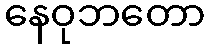
နေဝုဘတော